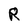
Character: R